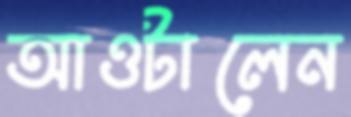
আওটালেন